Civil Veterinary Department. Madras. Admin. report 1910-25 - 1910-1925
Year: 1910
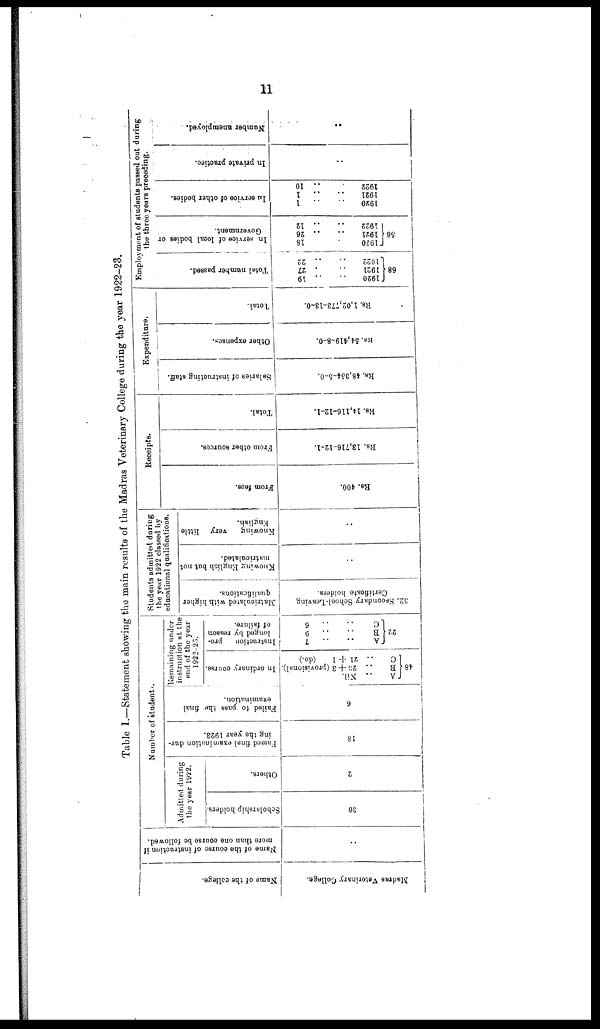
11
Table 1.—Statement showing the main results of the Madras Veterinary College during the year 1922 23.
Name of the college.
Ma dr a s Ve t e r i n a r y Col l
age.
Name of the course of instruction if
more than one course be followed.
..
Number of students.
Admitted during
the year 1922.
Scholarship holders.
30
Others.
2
Passed find examination dur-
ing the year 1923.
18
Failed to pass the final
examination.
6
Remaining under
instruction at the
end of the year
1922-23.
In ordinary course.
A .. Nil.
B .. 23 + 3 ( p r o v i s i o n a l ) . In ordinary course.
C .. 21 + 1 (do.)
48.
Instruction
pro-
longed by reason
of failure.
A .. .. 7
B .. .. 9
C . . . . 6
22
Students admitted during
the year 1922 classed by
educational qualifications.
Matriculated with higher
qualifications.
32. Secondary School-Leaving
Certificate holders.
Knowing English but not
matriculated.
..
Knowing
very little
English.
..
Receipts.
From fees.
Rs. 400.
From other sources.
Rs. 13,716-12-1.
Total.
Kb. 14,116-12-1.
Expenditure.
Salaries of instructing staff.
Rs. 48,354-5-0.
Other expenses.
Rs. 54,419-8-0.
Total.
Rs. 1,02,773-13-0.
Rs. 1,02,773-13-0.
Rs. 1,02,773-13-0.
Rs. 1,02,773-13-0.
Employment of students passed out during
the three years preceding.
Total number passed.
1920 .. .. 19
1921 .. .. 27
1922 .. .. 22
68
In service of local bodies or
Government.
1920 .. .. 18
1921 .. .. 26
1922 .. .. 12
1922 .. .. 12
56
In
service of other bodies.
1920 .. .. 1
1921 .. .. 1
1922 . . .. 10
In private practice.
..
Number unemployed.
..